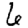
Digit: 6